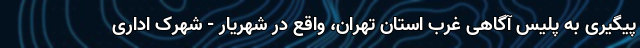
پیگیری به پلیس آگاهی غرب استان تهران، واقع در شهریار - شهرک اداری